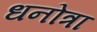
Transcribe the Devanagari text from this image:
धनोत्रा